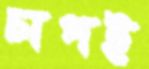
চাপই